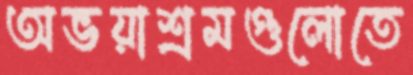
অভয়াশ্রমগুলোতে